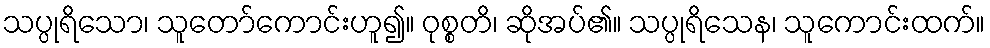
သပ္ပုရိသော၊ သူတော်ကောင်းဟူ၍။ ဝုစ္စတိ၊ ဆိုအပ်၏။ သပ္ပုရိသေန၊ သူကောင်းထက်။